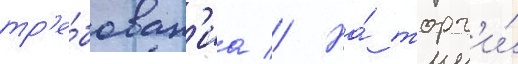
тр'е́бован'иа // На́ торг'и́